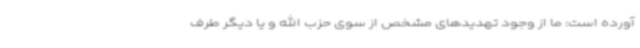
آورده است: ما از وجود تهدیدهای مشخص از سوی حزب الله و یا دیگر طرف